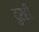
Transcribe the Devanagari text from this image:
दुरही